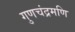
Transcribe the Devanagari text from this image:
गुणचंद्रमणि